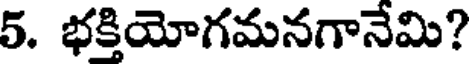
5. భక్తియోగమనగానేమి?